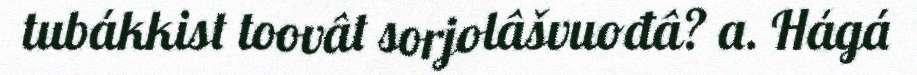
tubákkist toovât sorjolâšvuođâ? a. Hágá